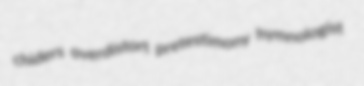
chiders overdistort pretestimony hymnologist